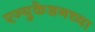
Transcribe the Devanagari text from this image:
एज्युकेशनच्या